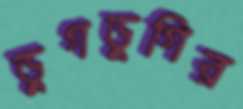
ডুগডুগির